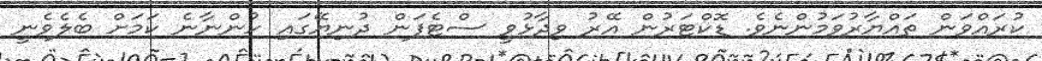
ކުރައްވަން ތައްޔާރުވަމުންނެވެ. ޑޮކްޓަރުން އޭރު ވިދާޅުވީ ސްޓެފަން ދުނިޔޭގައި ހުންނާނެ ކަމަށް ބެލެވެނީ